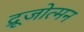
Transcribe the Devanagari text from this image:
द्रूजोत्मन